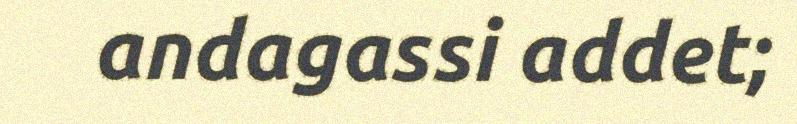
andagassi addet;